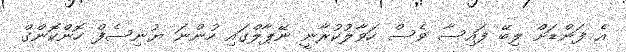
އެ ފަންޑަށް ލިބޭ ފައިސާ ވެސް ހަވާލުކުރާނީ ނޭޕާލްގައި ހުންނަ ޔުނިސެފް ހޮންކޮންގް